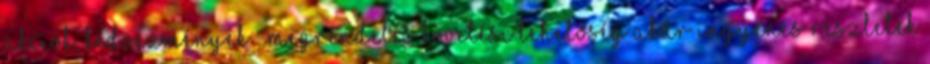
akciók, kedvezmények » Megrendelés követési lehetőség Akár ingyenes Részletek